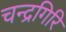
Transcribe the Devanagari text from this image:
चन्द्रगिरि